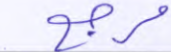
مرجع